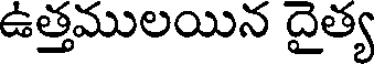
ఉత్తములయిన దైత్య